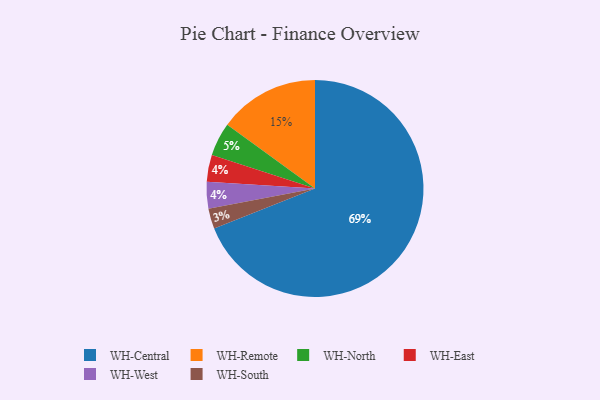
{"axis": {"x": "Category", "y": "Percentage"}, "legend": ["WH-Central", "WH-East", "WH-North", "WH-Remote", "WH-South", "WH-West"], "data": [{"x": "WH-Remote", "y": 15, "type": "WH-Remote"}, {"x": "WH-East", "y": 4, "type": "WH-East"}, {"x": "WH-North", "y": 5, "type": "WH-North"}, {"x": "WH-Central", "y": 69, "type": "WH-Central"}, {"x": "WH-West", "y": 4, "type": "WH-West"}, {"x": "WH-South", "y": 3, "type": "WH-South"}]}